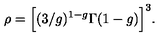
\rho = \Big [ ( 3 / g ) ^ { 1 - g } \Gamma ( 1 - g ) \Big ] ^ { 3 } .